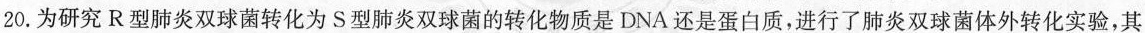
20.为研究R型肺炎双球菌转化为S型肺炎双球菌的转化物质是DNA还是蛋白质，进行了肺炎双球菌体外转化实验，其